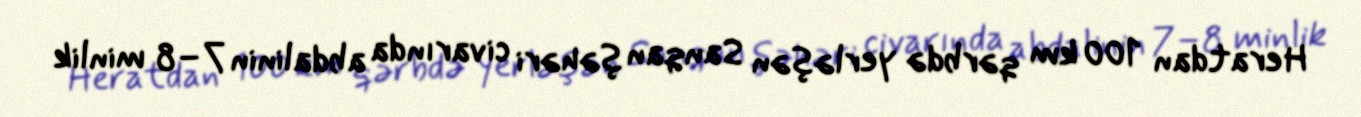
Heratdan 100 km qərbdə yerləşən Sanqan şəhəri civarında abdalinin 7–8 minlik